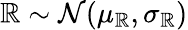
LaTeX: \mathbb{R}\sim\mathcal{N}(\mu_{\mathbb{R}},\sigma_{\mathbb{R}})